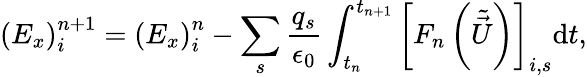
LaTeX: \left(E_{x}\right)_{i}^{n+1}=\left(E_{x}\right)_{i}^{n}-\sum_{s}\frac{q_{s}}{\epsilon_{0}}\int_{t_{n}}^{t_{n+1}}\left[F_{n}\left(\tilde{\vec{U}}\right)\right]_{i,s}\mathrm{d}t,